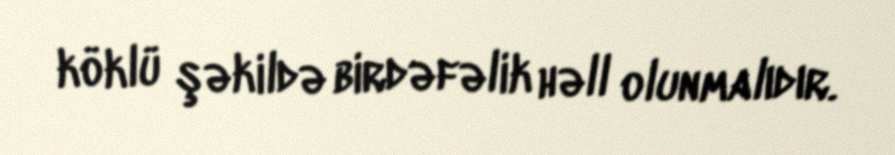
köklü şəkildə birdəfəlik həll olunmalıdır.